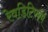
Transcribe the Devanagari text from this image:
रेवडिटिफॉर्म